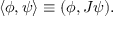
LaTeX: \langle \phi , \psi \rangle \equiv ( \phi , J \psi ) .